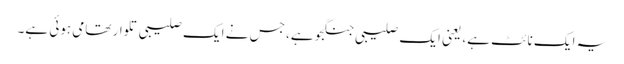
یہ ایک نائٹ ہے، یعنی ایک صلیبی جنگجو ہے، جس نے ایک صلیبی تلوار تھامی ہوئی ہے۔